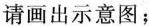
请画出示意图；